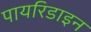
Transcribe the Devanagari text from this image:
पायरिडाइन